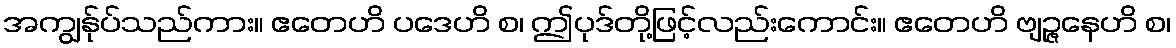
အကျွန်ုပ်သည်ကား။ ဧတေဟိ ပဒေဟိ စ၊ ဤပုဒ်တို့ဖြင့်လည်းကောင်း။ ဧတေဟိ ဗျဉ္ဇနေဟိ စ၊